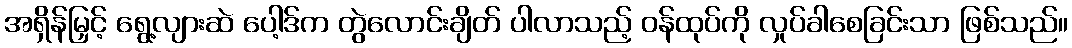
အရှိန်မြှင့် ရွေ့လျားဆဲ ပေါ့ဒ်က တွဲလောင်းချိတ် ပါလာသည့် ဝန်ထုပ်ကို လှုပ်ခါစေခြင်းသာ ဖြစ်သည်။